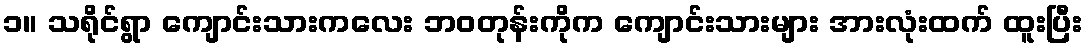
၁။ သရိုင်ရွာ ကျောင်းသားကလေး ဘဝတုန်းကိုက ကျောင်းသားများ အားလုံးထက် ထူးပြီး